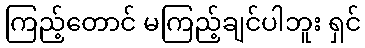
ကြည့်တောင် မကြည့်ချင်ပါဘူး ရှင်